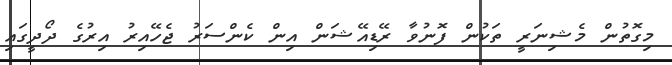
މިގޮތުން މެޝިނަރީ ތަކުން ފޮނުވާ ރޭޑިއޭޝަން އިން ކެންސަރު ޖެހޭއިރު އިރުގެ ދޯދީގައި